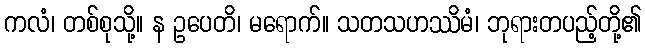
ကလံ၊ တစ်စုသို့။ န ဥပေတိ၊ မရောက်။ သတသဟဿိမံ၊ ဘုရားတပည့်တို့၏